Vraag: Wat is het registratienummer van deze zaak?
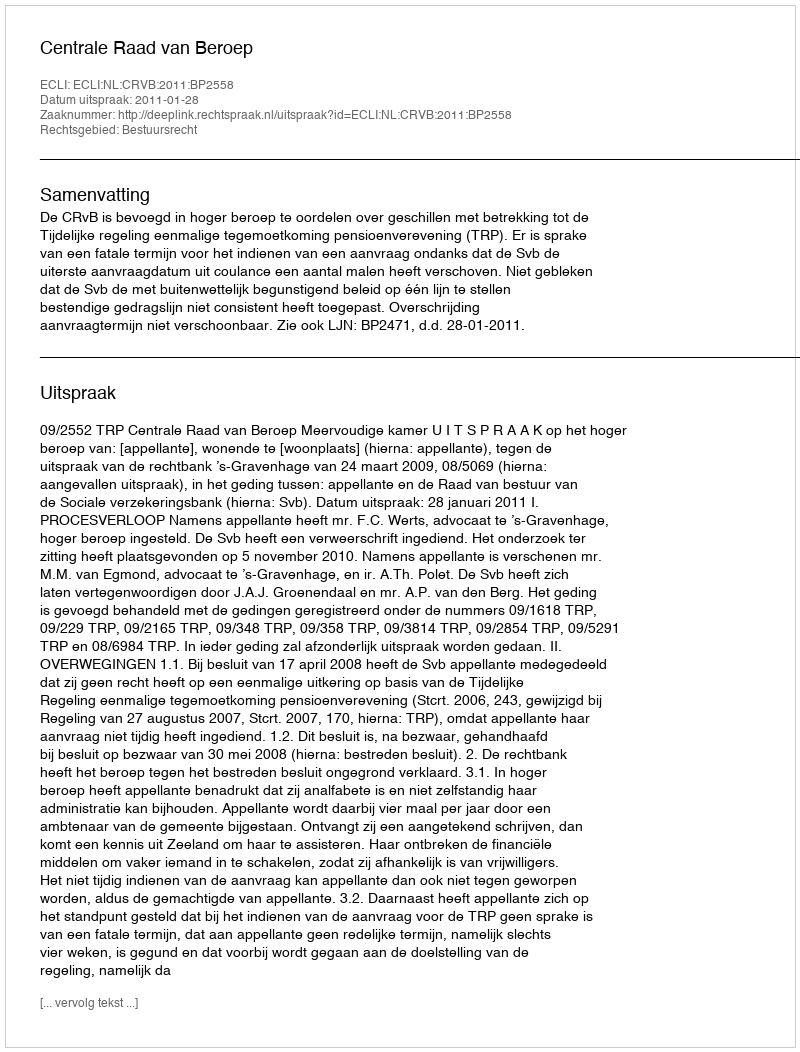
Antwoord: http://deeplink.rechtspraak.nl/uitspraak?id=ECLI:NL:CRVB:2011:BP2558